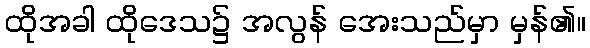
ထိုအခါ ထိုဒေသ၌ အလွန် အေးသည်မှာ မှန်၏။